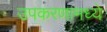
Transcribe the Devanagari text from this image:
उपकरणामध्ये